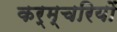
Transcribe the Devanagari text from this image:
कर्म्चरियों